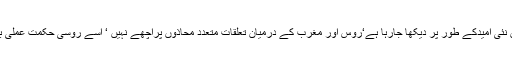
یہ پیغام 2019 ء میں نئی امیدکے طور پر دیکھا جارہا ہے‘روس اور مغرب کے درمیان تعلقات متعدد محاذوں پراچھے نہیں ‘ اسے روسی حکمت ِعملی بھی سمجھاجا رہا ہے۔